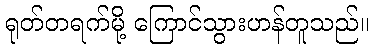
ရုတ်တရက်မို့ ကြောင်သွားဟန်တူသည်။